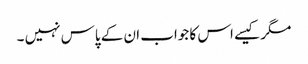
مگر کیسے اس کا جواب ان کے پاس نہیں ۔